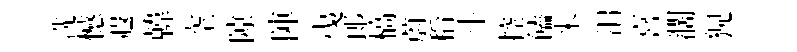
洗憾遐韓空隙陣𢎯郎槁蔚稻斗控饁米汨喜濶猊